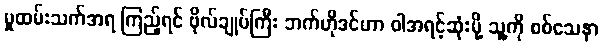
မှုထမ်းသက်အရ ကြည့်ရင် ဗိုလ်ချုပ်ကြီး ဘက်ဟိုဒင်ဟာ ဝါအရင့်ဆုံးမို့ သူ့ကို စစ်သေနာ